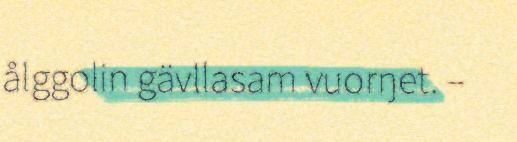
ålggolin gävllasam vuorŋet. –